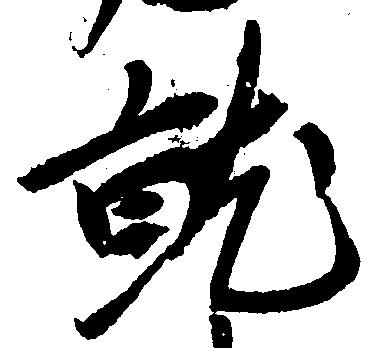
就